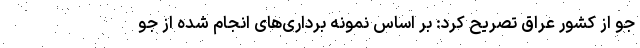
جو از کشور عراق تصریح کرد: بر اساس نمونه برداری‌های انجام شده از جو